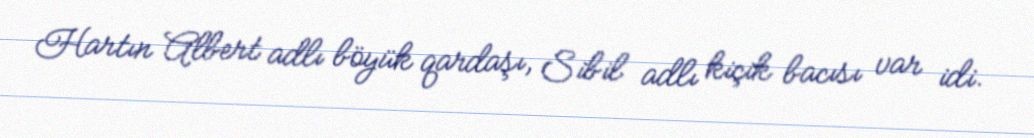
Hartın Albert adlı böyük qardaşı, Sibil adlı kiçik bacısı var idi.